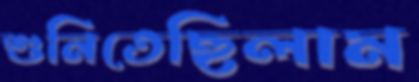
শুনিতেছিলাম